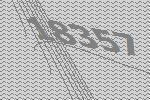
18357